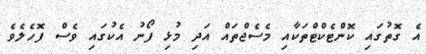
އެ ގޮތުގައި ކޮންޓެކްޓްތަކާއި މެސެޖްތައް އަދި މުޅި ފޯނު އެކުގައި ވެސް ފޮހެލެވެ